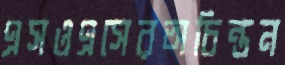
এসওএসেরঅচিন্তন